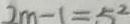
2 m - 1 = 5 ^ { 2 }